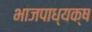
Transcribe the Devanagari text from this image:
भाजपाध्यक्ष